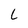
Character: L